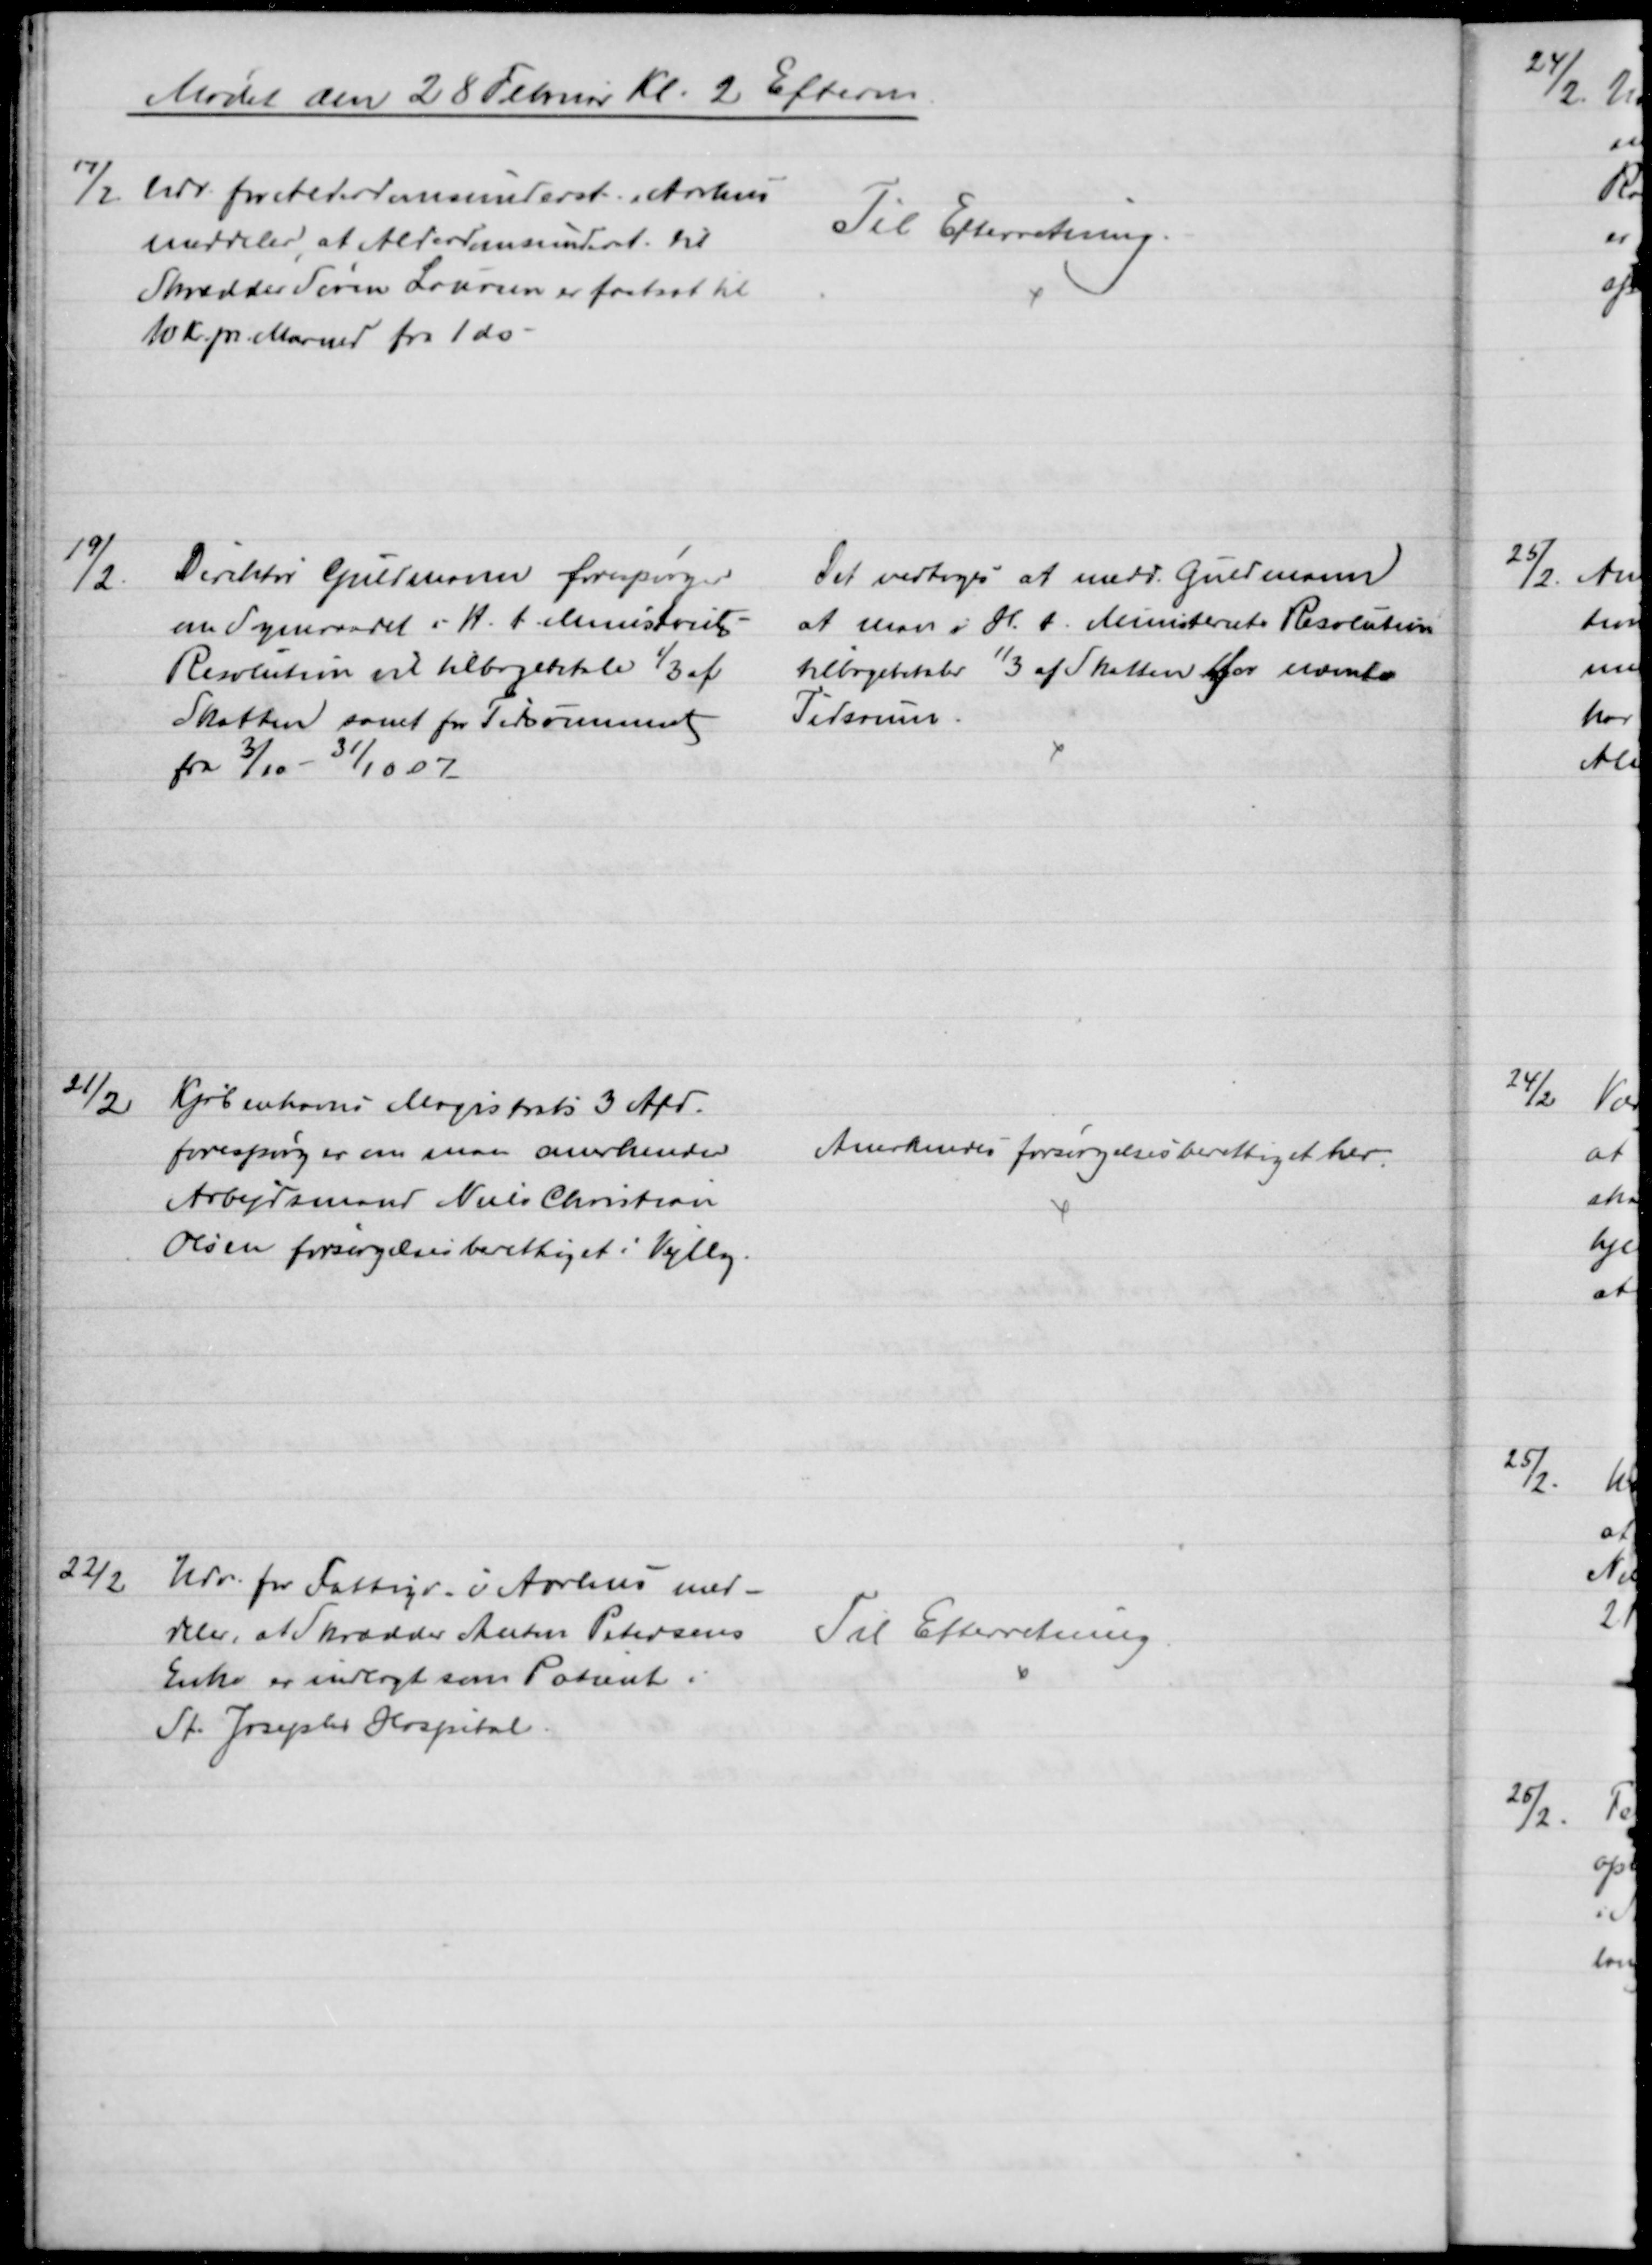
Transskription:
Mødet den 28 Februar Kl. 2 Efterm
17/2
Udv. for Alderdomsunderst. i Aarhus
meddeler, at Alderdomsunderst. til
Skrædder Søren Laursen er fastsat til
10 Kr. pr. Maaned fra 1 ds.
Til Efterretning.
19/2
Direktør Guldmann forespørger
om Sogneraadet i H. t. Ministerets
Resolution vil tilbagebetale ⅓ af
Skatten samt for Tidrummet
fra 3/10 - 31/10 07
Det vedtoges at medd. Guldmann
at man i H. t. Ministeriets Resolution
tilbagebetaler ⅓ af Skatten for nævnte
Tidsrum.
21/2
Kjøbenhavns Magistrats 3 Afd.
forespørger om man anerkender
Arbejdsmand Niels Christian
Olsen forsørgelsesberettiget i Vejlby.
Anerkendes forsørgelsesberettiget her.
22/2
Udv. for Fattigv. i Aarhus med-
deler, at Skrædder Anton Petersens
Enke er indlagt som Patient i
St. Josephs Hospital.
Til Efterretning